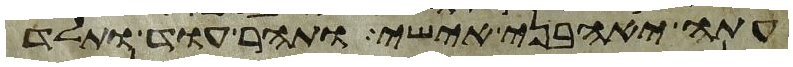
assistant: עתה יאהבני אישי ותהר עוד ותלד